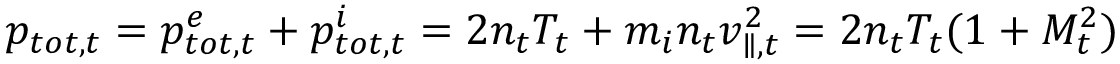
p _ { t o t , t } = p _ { t o t , t } ^ { e } + p _ { t o t , t } ^ { i } = 2 n _ { t } T _ { t } + m _ { i } n _ { t } v _ { \parallel , t } ^ { 2 } = 2 n _ { t } T _ { t } ( 1 + M _ { t } ^ { 2 } )